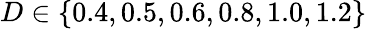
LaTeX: D\in\{ 0.4,0.5,0.6,0.8,1.0,1.2\}